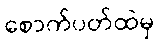
စောက်ပတ်ထဲမှ